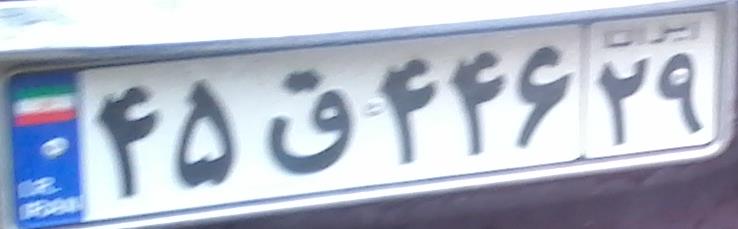
۴۵ق۴۴۶۲۹